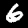
Label: 6